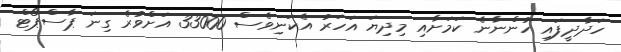
ހަދާދީފައި ހުންނާނެ ކަމަށާއި މިދިޔަ އަހަރު އެކަނިވެސް 33000 އަށްވުރެ ގިނަ ޕާސްޕޯޓް